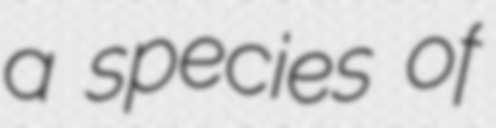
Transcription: a species of